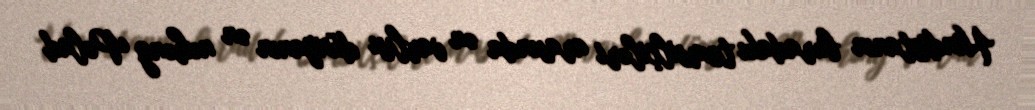
Hindistanın buradakı temsilçiləri arasında ən varlısı dünyanın ən nəhəng Polad